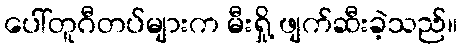
ပေါ်တူဂီတပ်များက မီးရှို့ ဖျက်ဆီးခဲ့သည်။